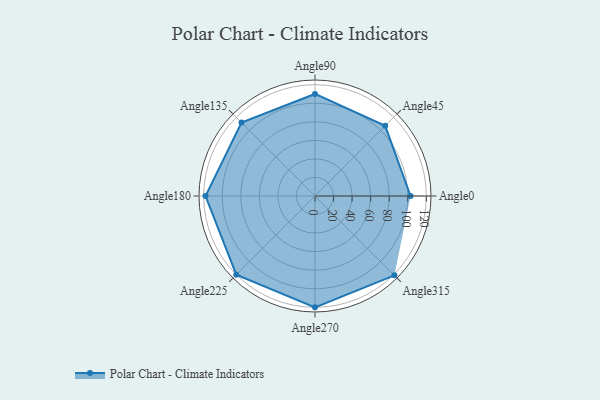
{"axis": {"x": "Angle", "y": "Radius"}, "legend": [""], "data": [{"x": "Angle0", "y": 103.0, "type": ""}, {"x": "Angle45", "y": 107.0, "type": ""}, {"x": "Angle90", "y": 110.0, "type": ""}, {"x": "Angle135", "y": 112.0, "type": ""}, {"x": "Angle180", "y": 118.0, "type": ""}, {"x": "Angle225", "y": 120.0, "type": ""}, {"x": "Angle270", "y": 120.0, "type": ""}, {"x": "Angle315", "y": 121.0, "type": ""}]}